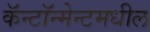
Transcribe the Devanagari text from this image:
कॅन्टॉन्मेन्टमधील